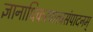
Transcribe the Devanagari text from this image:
ज्ञानाधिकरणत्वसंपादनम्